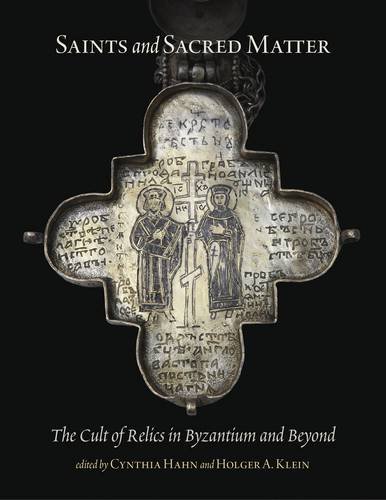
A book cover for Saints and Sacred Matter: The Cult of Relics in Byzantium and Beyond (Dumbarton Oaks Byzantine Symposia and Colloquia); Religion & Spirituality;